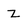
Character: Z